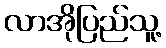
လာအိုပြည်သူ့